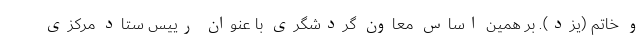
و خاتم (یزد). بر همین اساس معاون گردشگری با عنوان رییس ستاد مرکزی